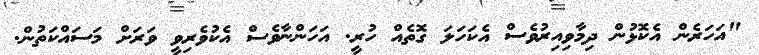
"އަހަރެން އެކޮޅުން ދިމާވިއިރުވެސް އެކަހަލަ ގޮތެއް ހުރީ. އަހަންނާވެސް އެކުވެރިވީ ވަރަށް މަސައްކަތުން.